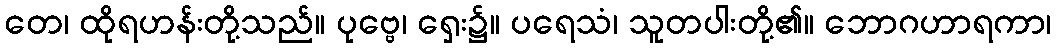
တေ၊ ထိုရဟန်းတို့သည်။ ပုဗ္ဗေ၊ ရှေး၌။ ပရေသံ၊ သူတပါးတို့၏။ ဘောဂဟာရကာ၊